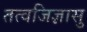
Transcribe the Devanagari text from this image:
तत्वजिज्ञासु